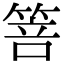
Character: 箁